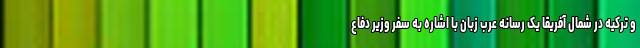
و ترکیه در شمال آفریقا یک رسانه عرب زبان با اشاره به سفر وزیر دفاع